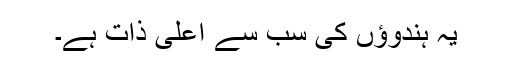
یہ ہندوؤں کی سب سے اعلیٰ ذات ہے۔